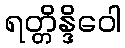
ရတ္တိန္ဒိဝေါ